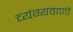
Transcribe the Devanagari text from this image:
व्यंग्यवाणों